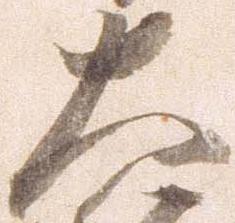
大